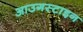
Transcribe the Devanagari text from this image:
आउगस्टाइन